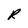
Character: R